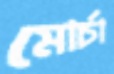
মোর্চা